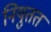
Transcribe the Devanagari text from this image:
नियुतत